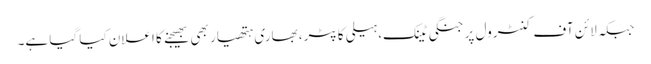
جبکہ لائن آف کنٹرول پر جنگی ٹینک، ہیلی کاپٹر، بھاری ہتھیار بھی بھیجنے کا اعلان کیا گیا ہے۔